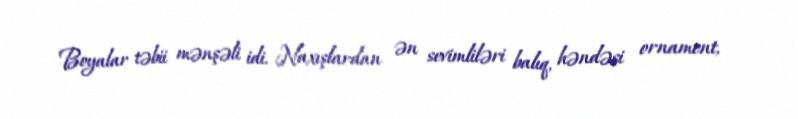
Boyalar təbii mənşəli idi. Naxışlardan ən sevimliləri balıq, həndəsi ornament,